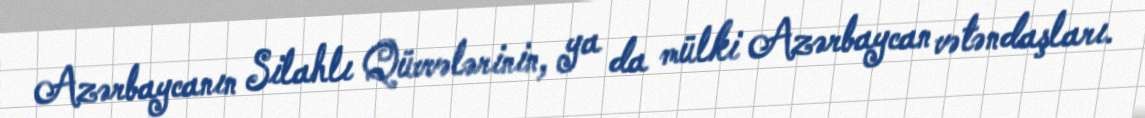
Azərbaycanın Silahlı Qüvvələrinin, ya da mülki Azərbaycan vətəndaşları.